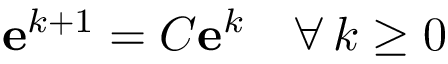
\mathbf { e } ^ { k + 1 } = C \mathbf { e } ^ { k } \quad \forall \, k \geq 0